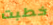
خطبت